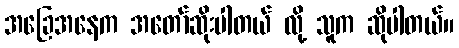
အခြေအနေက အတော်ဆိုးပါတယ် လို့ သူက ဆိုပါတယ်။